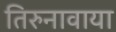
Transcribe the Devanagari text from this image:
तिरुनावाया